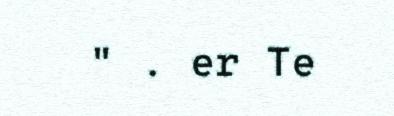
" . er Te